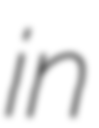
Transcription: in